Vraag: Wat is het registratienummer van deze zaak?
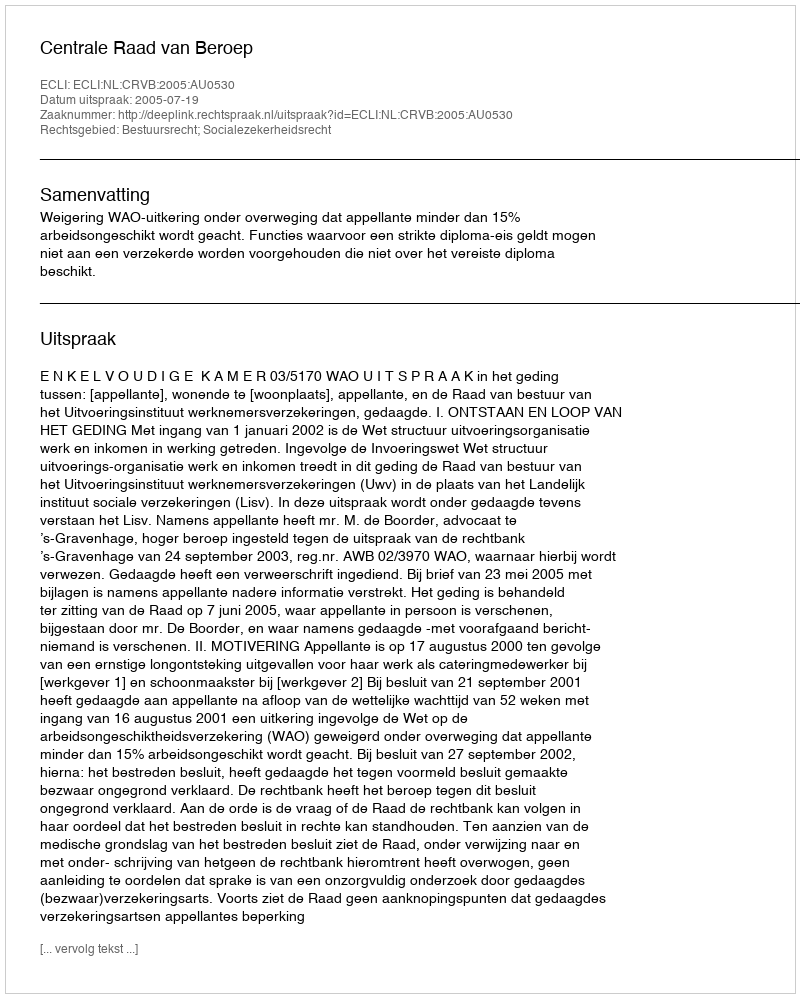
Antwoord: http://deeplink.rechtspraak.nl/uitspraak?id=ECLI:NL:CRVB:2005:AU0530